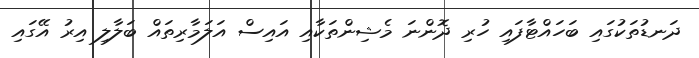
ދަނޑުތަކުގައި ބަހައްޓާފައި ހުރި ދޮންނަ މެޝިންތަކާއި އައިސް އަލަމާރިތައް ބަލާލި އިރު އޭގައި